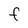
Character: F